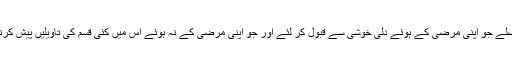
اطاعت یہ نہیں کہ خلیفۂ وقت کے یا نظامِ جماعت کے فیصلے جو اپنی مرضی کے ہوئے دلی خوشی سے قبول کر لئے اور جو اپنی مرضی کے نہ ہوئے اُس میں کئی قسم کی تاویلیں پیش کرنی شروع کر دیں، اُس میں اعتراض کرنے شروع کر دئیے۔